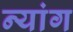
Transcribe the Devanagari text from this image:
न्यांग